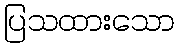
ပြသထားသော